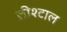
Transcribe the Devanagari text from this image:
लीश्टाल